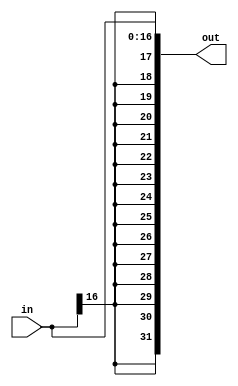
module sign_extend(in, out);

	input [16:0] in;

	output [31:0] out;
	
	assign out[16:0] = in[16:0];
	
	// set bits 17 through 34 to input's msb
	genvar c;
	generate
		for(c=17; c<32; c=c+1) begin:loop
			assign out[c] = in[16];
		end
	endgenerate

endmodule